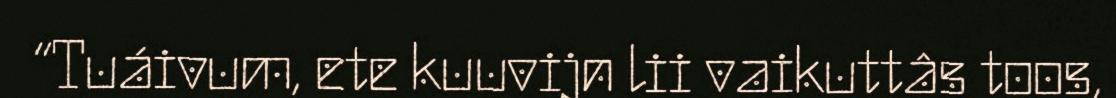
“Tuáivum, ete kuuvijn lii vaikuttâs toos,